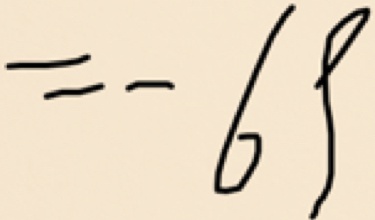
= - 6 9